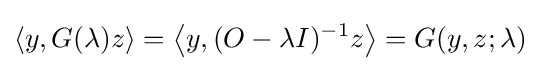
\langle y,G(\lambda )z\rangle =\left\langle y,(O-\lambda I)^{-1}z\right\rangle =G(y,z;\lambda )